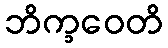
ဘိက္ခဝေတိ